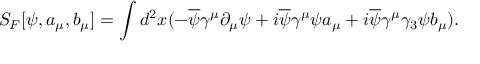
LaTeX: S _ { F } [ \psi , a _ { \mu } , b _ { \mu } ] = \int d ^ { 2 } x ( - \overline { { { \psi } } } \gamma ^ { \mu } \partial _ { \mu } \psi + i \overline { { { \psi } } } \gamma ^ { \mu } \psi a _ { \mu } + i \overline { { { \psi } } } \gamma ^ { \mu } \gamma _ { 3 } \psi b _ { \mu } ) .